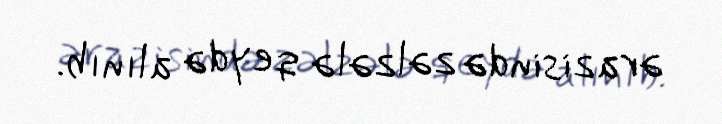
ərazisində zəlzələ qeydə alınıb.